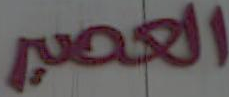
العصير